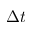
\Delta t